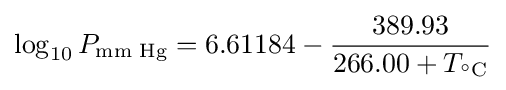
\log _{10}P_{\text{mm Hg}}=6.61184-{\frac {389.93}{266.00+T_{^{\circ }{\text{C}}}}}